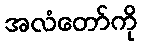
အလံတော်ကို